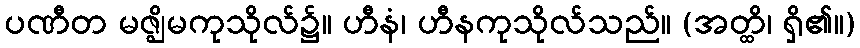
ပဏီတ မဇ္ဈိမကုသိုလ်၌။ ဟီနံ၊ ဟီနကုသိုလ်သည်။ (အတ္ထိ၊ ရှိ၏။)